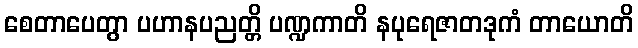
စေတာပေတွာ ပဟာနပညတ္တိ ပဏ္ဍကာတိ နပုရေဇာတဒုကံ တာယောတိ